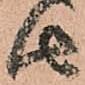
由